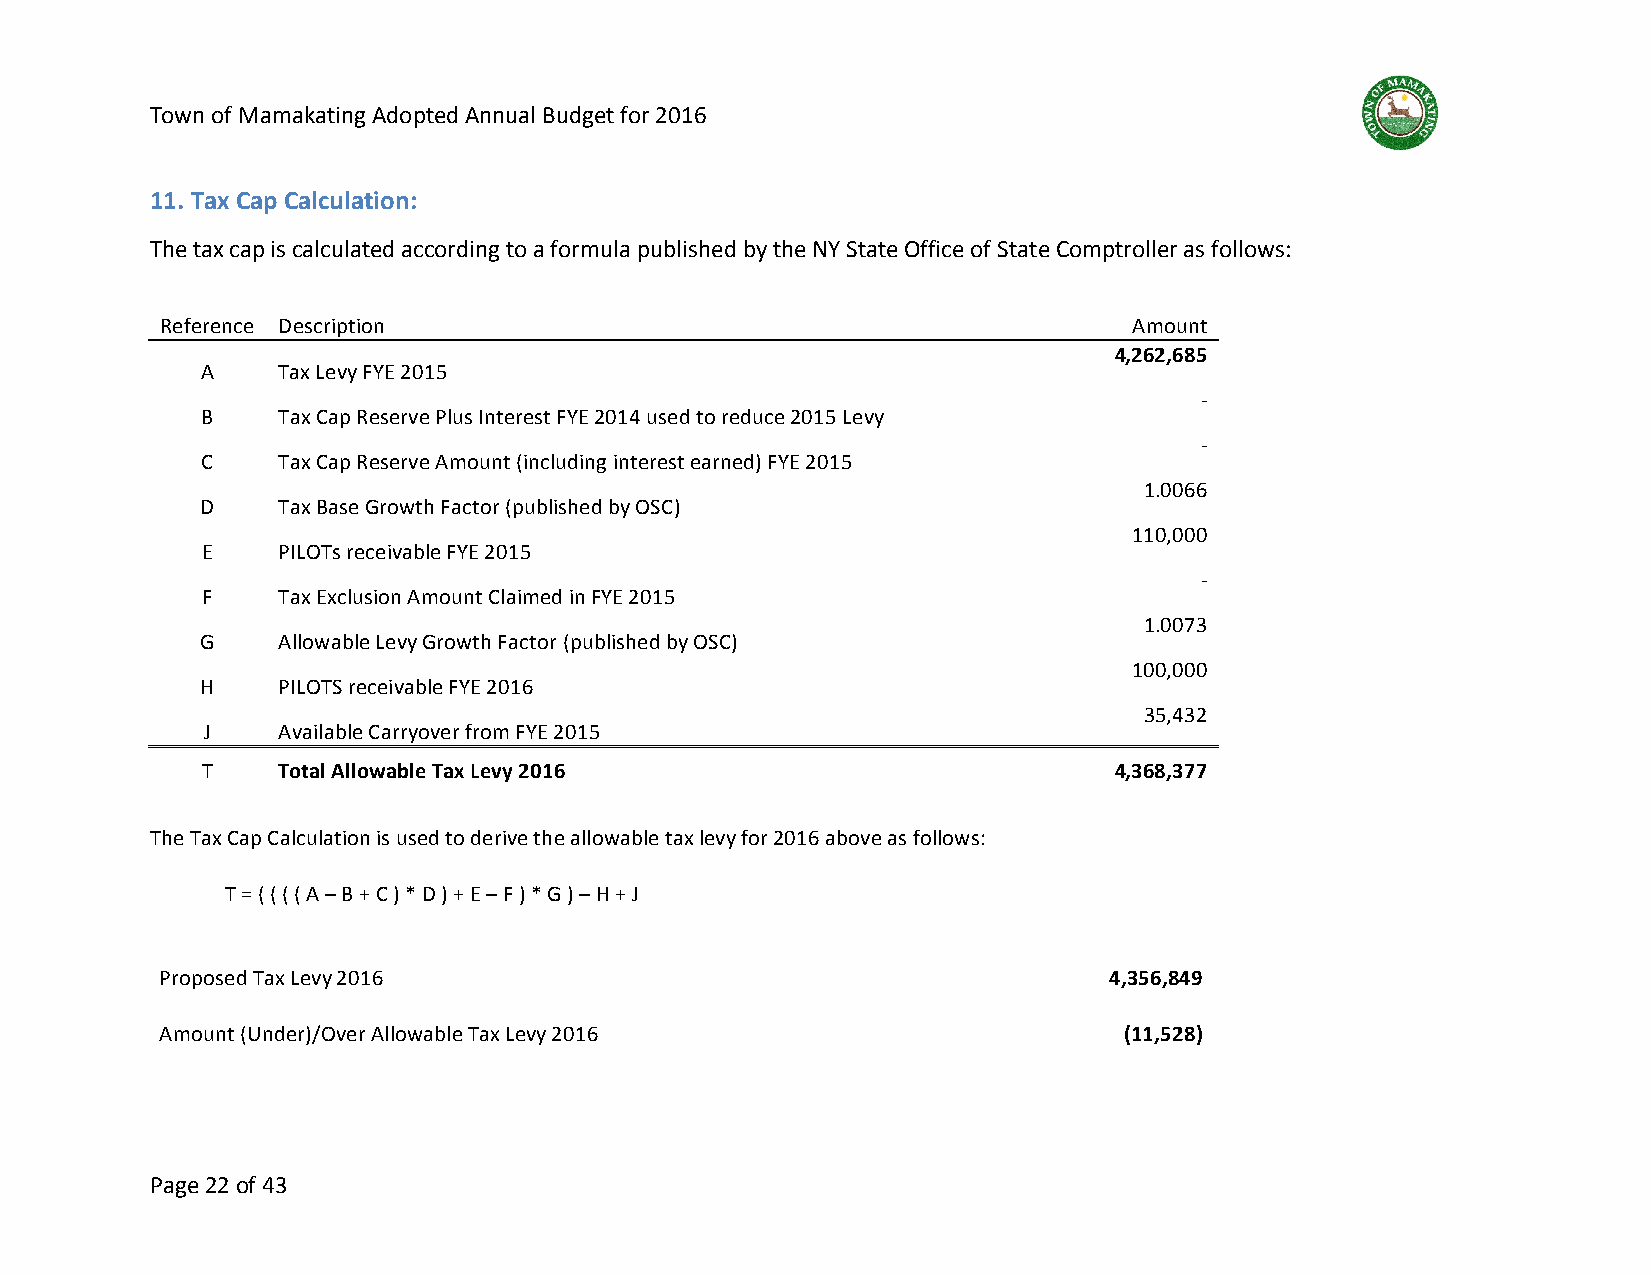
Town of Mamakating Adopted Annual Budget for 2016
 11. Tax Cap Calculation:
 The tax cap is calculated according to a formula published by the NY State Office of State Comptroller as follows:
 Reference Description                                           Amount
 4,262,685
 A    Tax Levy FYE 2015
 -
 B    Tax Cap Reserve Plus Interest FYE 2014 used to reduce 2015 Levy
 -
 C    Tax Cap Reserve Amount (including interest earned) FYE 2015
 1.0066
 D    Tax Base Growth Factor (published by OSC)
 110,000
 E    PILOTs receivable FYE 2015
 -
 F    Tax Exclusion Amount Claimed in FYE 2015
 1.0073
 G    Allowable Levy Growth Factor (published by OSC)
 100,000
 H    PILOTS receivable FYE 2016
 35,432
 J    Available Carryover from FYE 2015
 T    Total Allowable Tax Levy 2016                           4,368,377
 The Tax Cap Calculation is used to derive the allowable tax levy for 2016 above as follows:
 T = ( ( ( ( A – B + C ) * D ) + E – F ) * G ) – H + J
 Proposed Tax Levy 2016                                        4,356,849
 Amount (Under)/Over Allowable Tax Levy 2016                    (11,528)
 Page 22 of 43